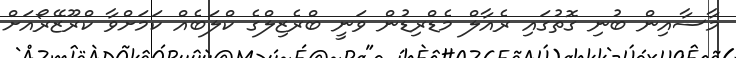
މާސާއިން ބުނި ގޮތުގައި ރެއާލް މެޑްރިޑުން ވަނީ ބްރެޒިލްގެ ކްލަބެއް ކަމަށްވާ ކްރޫޒޭރޯއަށް